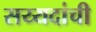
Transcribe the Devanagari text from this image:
सय्यदांची